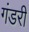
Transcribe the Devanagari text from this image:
गंडरी